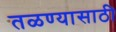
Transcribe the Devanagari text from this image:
तळण्यासाठी